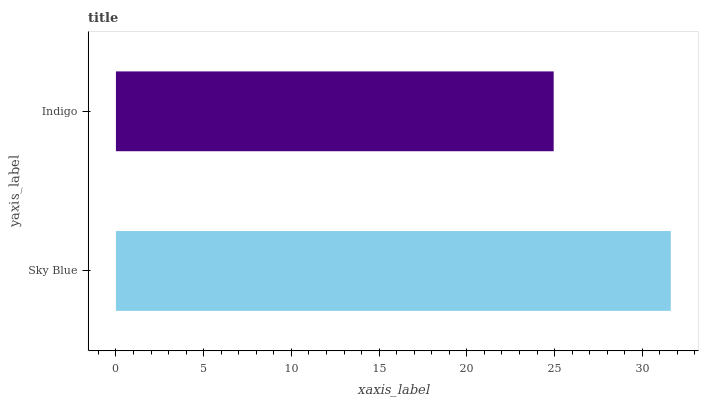
| yaxis_label | bars |
 | --- | --- |
 | Sky Blue | 31.6 |
 | Indigo | 24.9 |